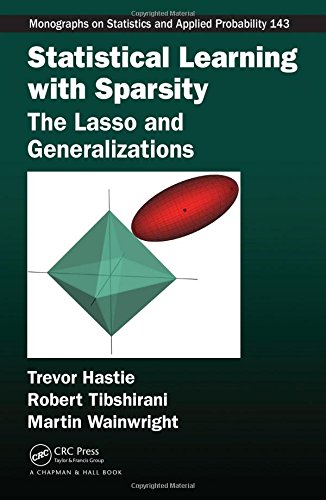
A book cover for Statistical Learning with Sparsity: The Lasso and Generalizations (Chapman & Hall/CRC Monographs on Statistics & Applied Probability); Trevor Hastie; Computers & Technology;